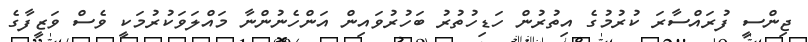
ޖިންސީ ފުރައްސާރަ ކުރުމުގެ އިތުރުން ހަޑިހުތުރު ބަހުރުވައިން އަންހެނުންނާ މައްލަވަކުރުމަކީ ވެސް ވަޒީފާގެ